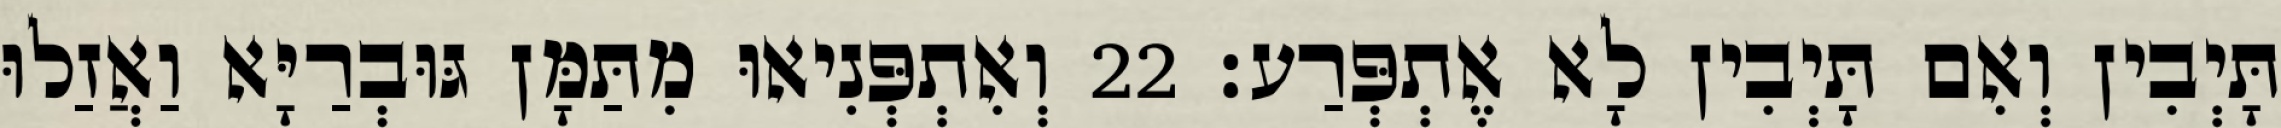
תָּיְבִין וְאִם תָּיְבִין לָא אֶתְפְּרַע׃ 22 וְאִתְפְּנִיאוּ מִתַּמָּן גּוּבְרַיָּא וַאֲזַלוּ